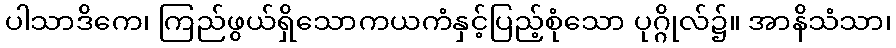
ပါသာဒိကေ၊ ကြည်ဖွယ်ရှိသောကယကံနှင့်ပြည့်စုံသော ပုဂ္ဂိုလ်၌။ အာနိသံသာ၊